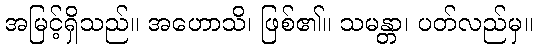
အမြင့်ရှိသည်။ အဟောသိ၊ ဖြစ်၏။ သမန္တာ၊ ပတ်လည်မှ။